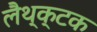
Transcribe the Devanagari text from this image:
लैथ्क्टक